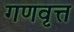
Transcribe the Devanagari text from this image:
गणवृत्त